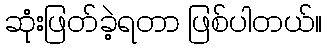
ဆုံးဖြတ်ခဲ့ရတာ ဖြစ်ပါတယ်။